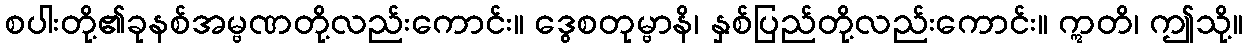
စပါးတို့၏ခုနစ်အမ္ဗဏတို့လည်းကောင်း။ ဒွေစတုမ္ဗာနိ၊ နှစ်ပြည်တို့လည်းကောင်း။ ဣတိ၊ ဤသို့။